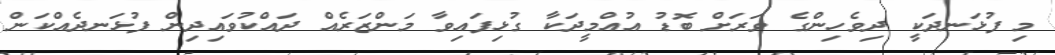
މި ފުޅަނދަކީ ދިވެހިންގެ ވަރަށް ބޮޑު އުއްމީދަކާ ގުޅިފައިވާ މަންޒަރެއް ދައްކުވައިދިން ފުޅަނދެއްކަން